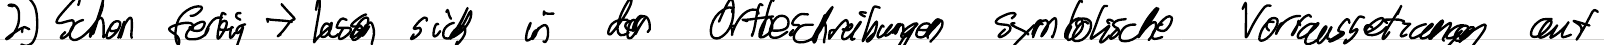
2) Schon fertig -> lassen sich in den Ortbeschreibungen symbolische Voraussetzungen auf